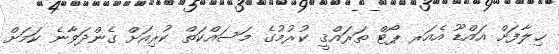
ޚިލާފަށް އައްޑޫ އެއަރ ޕޯޓް ތަރައްޤީ ކުރުމުގެ މަސައްކަތް ކުރިއަށް ގެންދަވާނެ ކަމަށް